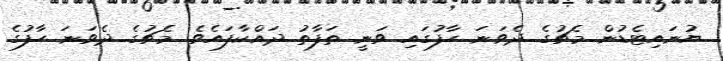
ޔުނައިޓެޑުން މެޗުގެ ދެވަނަ ހާފުގައި ވަނީ ތަފާތު ދައްކާފައެވެ. މެޗުގެ ދެވަނަ ހާފުގެ